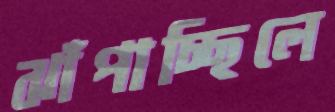
ঝাঁপাচ্ছিলে